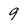
Character: 9